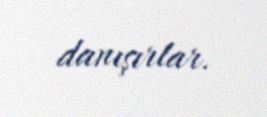
danışırlar.